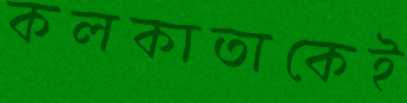
কলকাতাকেই